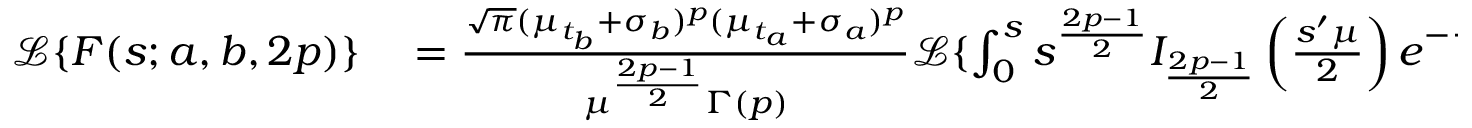
\begin{array} { r l } { \mathcal { L } \{ F ( s ; a , b , 2 p ) \} } & { { } = \frac { \sqrt { \pi } ( \mu _ { t _ { b } } + \sigma _ { b } ) ^ { p } ( \mu _ { t _ { a } } + \sigma _ { a } ) ^ { p } } { \mu ^ { \frac { 2 p - 1 } { 2 } } \Gamma \left( p \right) } \mathcal { L } \{ \int _ { 0 } ^ { s } s ^ { \frac { 2 p - 1 } { 2 } } I _ { \frac { 2 p - 1 } { 2 } } \left( \frac { s ^ { \prime } \mu } { 2 } \right) e ^ { - \frac { ( \mu _ { t _ { a } } + \mu _ { t _ { b } } + \sigma _ { a } + \sigma _ { b } ) } { 2 } s ^ { \prime } } d s ^ { \prime } \} } \end{array}